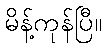
မိန့်ကုန်ပြီ။